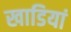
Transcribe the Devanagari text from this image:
खाडियां